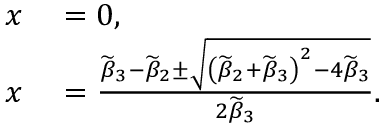
\begin{array} { r l } { x } & { { } = 0 , } \\ { x } & { { } = \frac { \widetilde { \beta } _ { 3 } - \widetilde { \beta } _ { 2 } \pm \sqrt { \left( \widetilde { \beta } _ { 2 } + \widetilde { \beta } _ { 3 } \right) ^ { 2 } - 4 \widetilde { \beta } _ { 3 } } } { 2 \widetilde { \beta } _ { 3 } } . } \end{array}